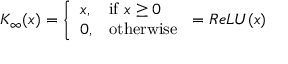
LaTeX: K _ { \infty } ( x ) = { \left\{ \begin{array} { l l } { x , } & { { \mathrm { i f ~ } } x \geq 0 } \\ { 0 , } & { { \mathrm { o t h e r w i s e } } } \end{array} \right. } = R e L U ( x )